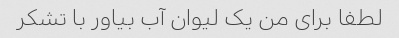
لطفا برای من یک لیوان آب بیاور با تشکر